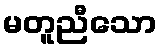
မတူညီသော